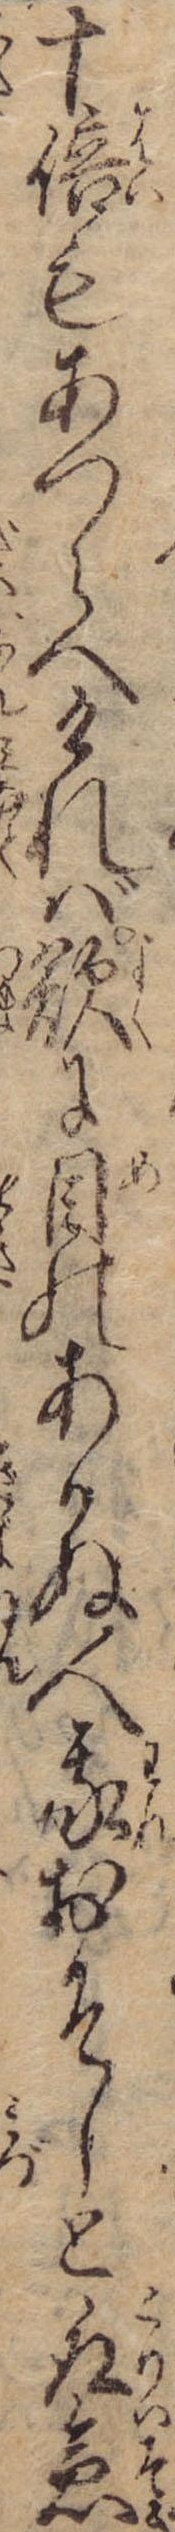
十倍もあつらへければ欲に目のあかぬ人我おそしと取急